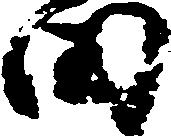
田